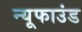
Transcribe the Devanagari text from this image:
न्यूफाउंड